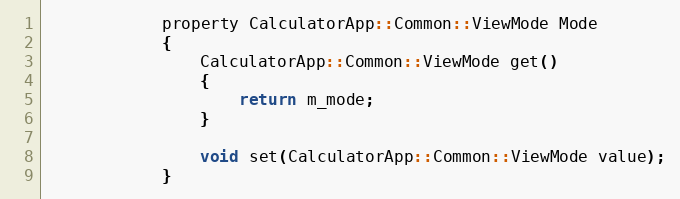
Language: C
            property CalculatorApp::Common::ViewMode Mode
            {
                CalculatorApp::Common::ViewMode get()
                {
                    return m_mode;
                }

                void set(CalculatorApp::Common::ViewMode value);
            }